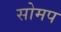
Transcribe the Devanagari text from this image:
सोमप